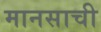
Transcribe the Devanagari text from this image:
मानसाची